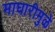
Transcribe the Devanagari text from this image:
माघारीमुळे